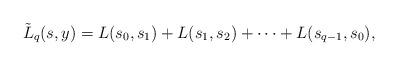
LaTeX: \begin{align*} \tilde L_q(s,y) = L(s_{0},s_{1})+L(s_1,s_2)+\cdots+L(s_{q-1},s_0), \end{align*}